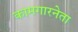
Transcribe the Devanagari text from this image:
कामगारनेता